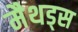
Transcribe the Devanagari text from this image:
मैथड्स